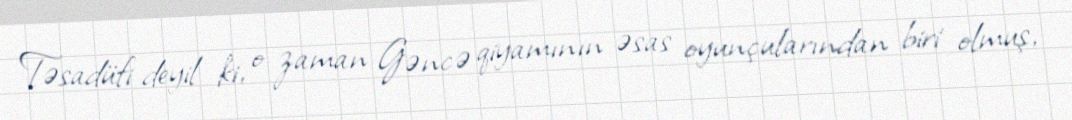
Təsadüfi deyil ki, o zaman Gəncə qiyamının əsas oyunçularından biri olmuş,